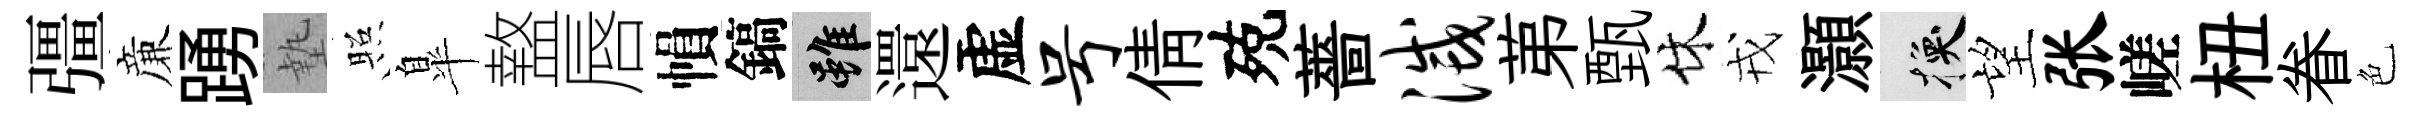
彊亷踴墊照臯盩唇𢄙鎬雖還虚号倩殑薔灭苐甄休戎灝换望张嵯杻眷色